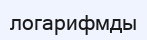
логарифмды